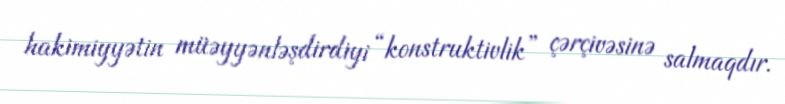
hakimiyyətin müəyyənləşdirdiyi “konstruktivlik” çərçivəsinə salmaqdır.